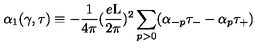
{ \alpha } _ { 1 } ( \gamma , \tau ) \equiv - \frac { 1 } { 4 \pi } ( \frac { e \mathrm { L } } { 2 \pi } ) ^ { 2 } \sum _ { p > 0 } ( { \alpha } _ { - p } { \tau } _ { - } - { \alpha } _ { p } { \tau } _ { + } )